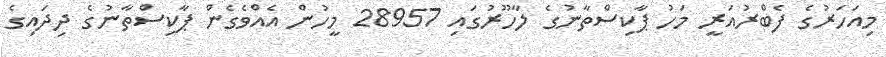
މިއަހަރުގެ ފެބްރުއަރީ މަހު ޕާކިސްތާނުގެ ލާހޫރުގައި 28957 މީހުން އެއްވެގެން ޕާކިސްތާނުގެ ދިދައިގެ